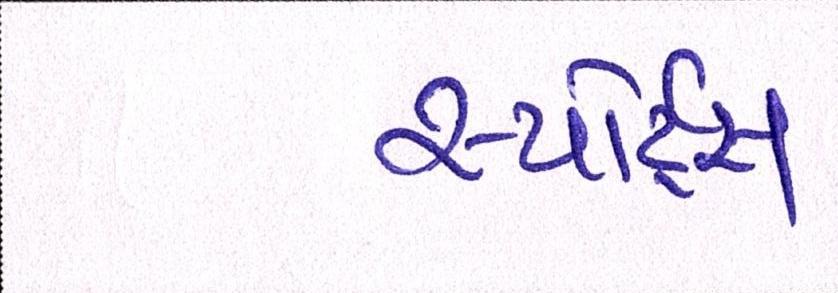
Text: સ્પોર્ટ્સ